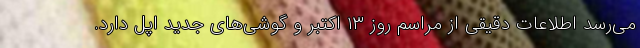
می‌رسد اطلاعات دقیقی از مراسم روز ۱۳ اکتبر و گوشی‌های جدید اپل دارد.